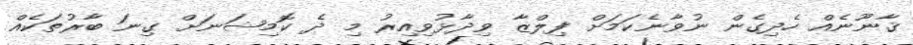
ޤާނޫނެއް ހެދިގެން ނުވާނެކަމަށް ފިލްޒާ ވިދާޅުވިއިރު މި ދެ ކޮމިޝަނަށް ގިނަ ބާރުތަކެއް